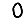
Digit: 0